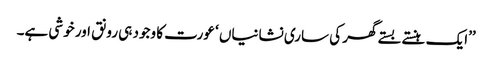
’’ایک ہنستے بستے گھر کی ساری نشانیاں ‘ عورت کا وجود ہی رونق اور خوشی ہے۔